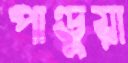
পাণ্ডুয়া